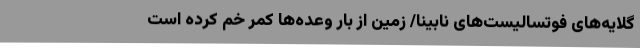
گلایه‌های فوتسالیست‌های نابینا/ زمین از بار وعده‌ها کمر خم کرده است